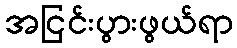
အငြင်းပွားဖွယ်ရာ